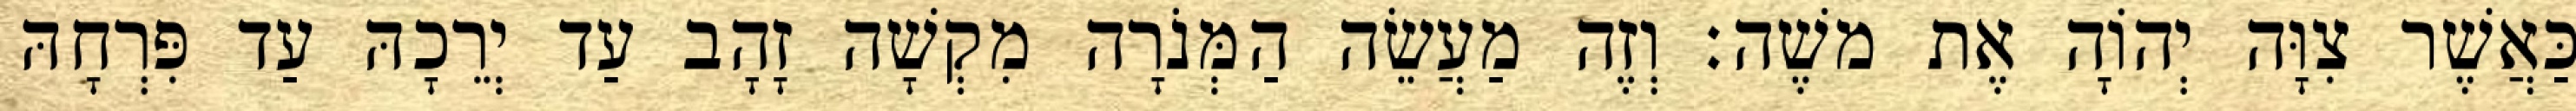
כַּאֲשֶׁר צִוָּה יְהוָֹה אֶת משֶׁה׃ וְזֶה מַעֲשֵׂה הַמְּנֹרָה מִקְשָׁה זָהָב עַד יְרֵכָהּ עַד פִּרְחָהּ